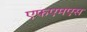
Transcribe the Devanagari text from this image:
एफएमएस